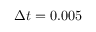
\Delta t = 0 . 0 0 5